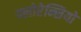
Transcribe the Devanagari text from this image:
फ्लोरेन्सियो